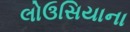
લોઉસિયાના